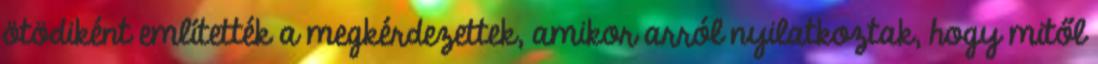
ötödiként említették a megkérdezettek, amikor arról nyilatkoztak, hogy mitől